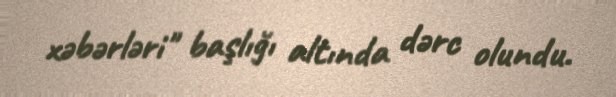
xəbərləri" başlığı altında dərc olundu.